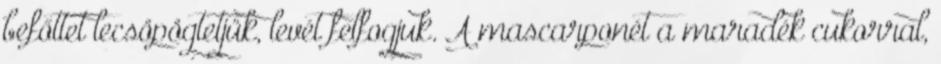
befőttet lecsöpögtetjük, levét felfogjuk. A mascarponét a maradék cukorral,